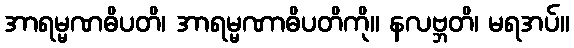
အာရမ္မဏဓိပတိ၊ အာရမ္မဏာဓိပတိကို။ နလဗ္ဘတိ၊ မရအပ်။